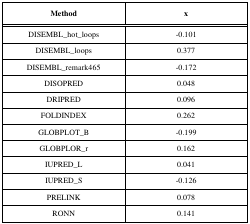
| Method | x |
 | --- | --- |
 | DISEMBL_hot_loops | -0.101 |
 | DISEMBL_loops | 0.377 |
 | DISEMBL_remark465 | -0.172 |
 | DISOPRED | 0.048 |
 | DRIPRED | 0.096 |
 | FOLDINDEX | 0.262 |
 | GLOBPLOT_B | -0.199 |
 | GLOBPLOR_r | 0.162 |
 | IUPRED_L | 0.041 |
 | IUPRED_S | -0.126 |
 | PRELINK | 0.078 |
 | RONN | 0.141 |